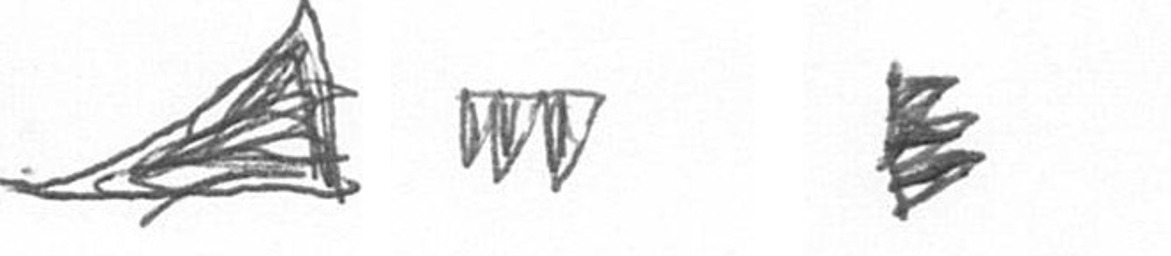
O L H